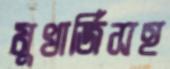
মুখার্জিসহ